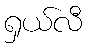
ရှယ်လီ